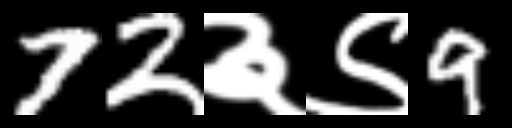
Text: 72३९9